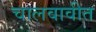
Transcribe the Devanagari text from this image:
चालवावीत